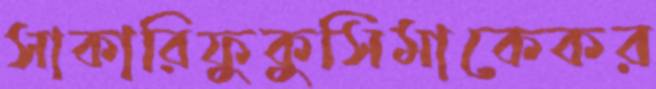
সাকারিফুকুসিমাকেকর